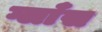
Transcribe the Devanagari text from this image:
ग्लाँस